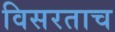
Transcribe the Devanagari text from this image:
विसरताच